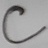
Text: C